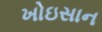
ખોઇસાન